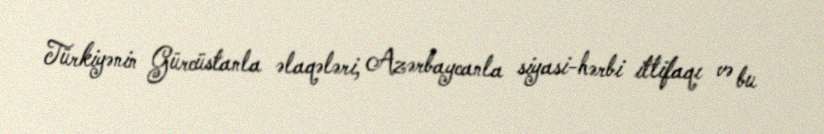
Türkiyənin Gürcüstanla əlaqələri, Azərbaycanla siyasi-hərbi ittifaqı və bu